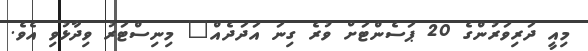
މިއީ ދަރިވަރުންގެ 20 ޕަސެންޓަށް ވުރެ ގިނަ އަދަދެއް" މިނިސްޓަރު ވިދާޅުވި އެވެ.